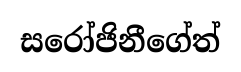
සරෝජිනීගේත්